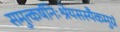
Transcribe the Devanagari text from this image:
समुत्कर्षनिःश्रेयसस्यैकमुग्रं